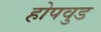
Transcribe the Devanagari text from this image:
होपवुड